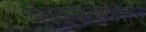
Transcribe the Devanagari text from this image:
भवधर्मभवप्रवर्तिन्